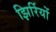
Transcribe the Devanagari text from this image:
झिर्रियों